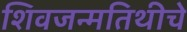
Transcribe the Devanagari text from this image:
शिवजन्मतिथीचे